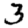
Digit: 3